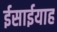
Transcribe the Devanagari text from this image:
ईसाईयाह